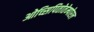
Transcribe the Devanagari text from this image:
ओच्सिपितोतेम्पोरल